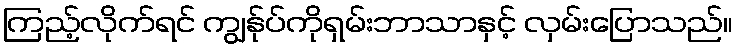
ကြည့်လိုက်ရင် ကျွန်ုပ်ကိုရှမ်းဘာသာနှင့် လှမ်းပြောသည်။